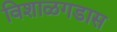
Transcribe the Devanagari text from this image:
विशाळगडास